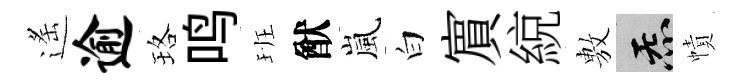
遙逾珞鸣班猷嵐白賔綂𢾾炁幘